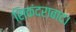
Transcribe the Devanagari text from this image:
सिकंदराबाद।